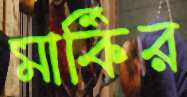
মার্কির